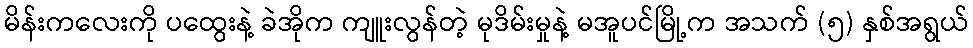
မိန်းကလေးကို ပထွေးနဲ့ ခဲအိုက ကျူးလွန်တဲ့ မုဒိမ်းမှုနဲ့ မအူပင်မြို့က အသက် (၅) နှစ်အရွယ်